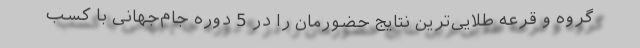
گروه و قرعه طلایی‌ترین نتایج حضورمان را در 5 دوره جام‌جهانی با کسب